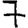
Digit: 7